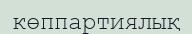
көппартиялық